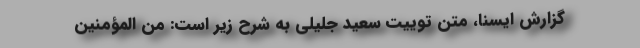
گزارش ایسنا، متن توییت سعید جلیلی به شرح زیر است: مِنَ الْمُؤْمِنِینَ